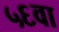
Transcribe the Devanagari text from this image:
५६वा